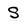
Character: S